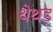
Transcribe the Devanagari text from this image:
थेथड़